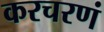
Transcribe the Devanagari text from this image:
करचरणं